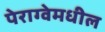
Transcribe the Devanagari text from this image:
पेराग्वेमधील